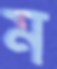
ম